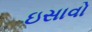
ઇસાવો